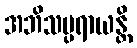
အဘိသမ္ပရာယန္တိ